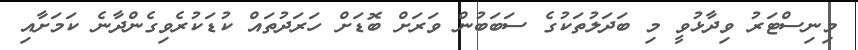
މިނިސްޓަރު ވިދާޅުވީ މި ބަދަލުތަކުގެ ސަބަބުން ވަރަށް ބޮޑަށް ހަރަދުތައް ކުޑަކުރެވިގެންދާނެ ކަމަށާއި